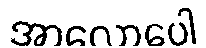
အာလောပေါ